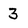
Character: 3